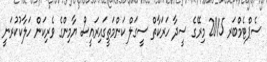
ސެޕްޓެމްބަރ 2015 މިރޭގެ ސީދާ ހަރަކާތް ސީގަލް ކަންމަތީގައިރައީސް ޔާމިންގެ ވެރިކަން ހަލާކުކުރަނީ